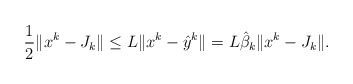
\begin{align*} \frac{1}{2}\|x^k-J_k\|\le L \|x^{k}-\hat{y}^{k}\|=L\hat \beta_k \| x^k-J_k\|.\end{align*}